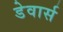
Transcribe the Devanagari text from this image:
डेवार्स